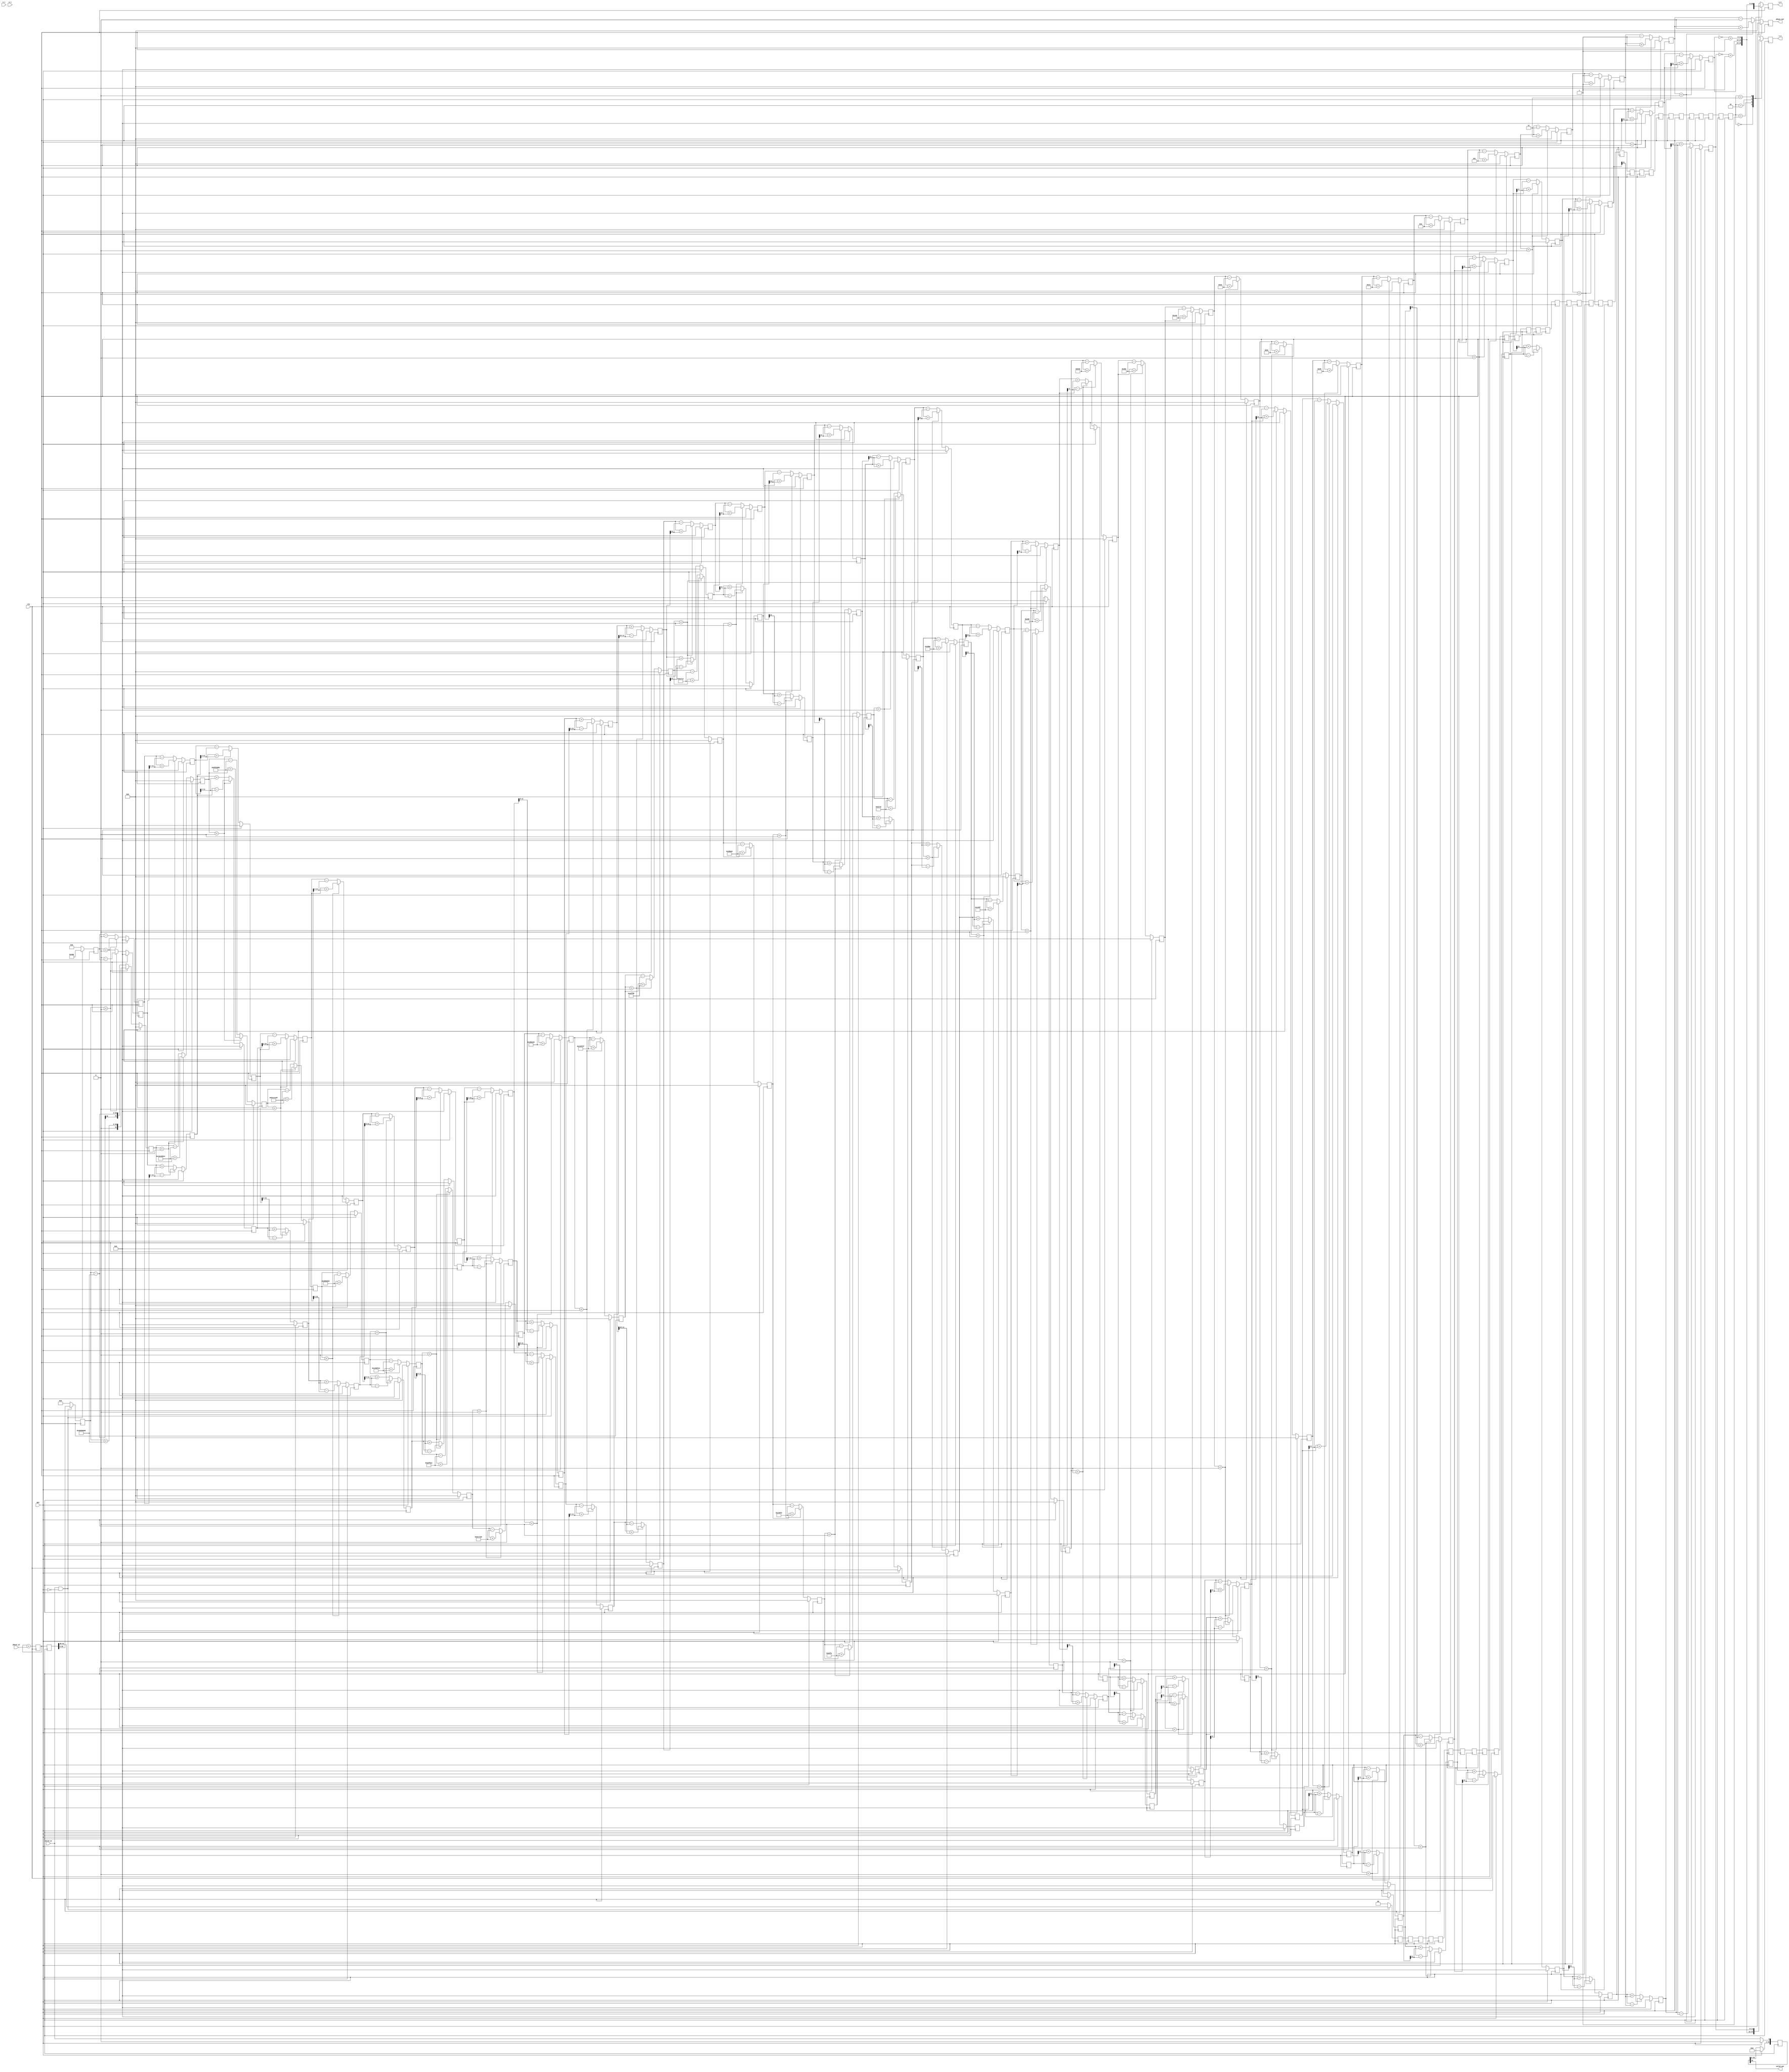
`timescale 1ns / 1ps

module Cordic #(
	parameter XY_BITS      = 12,
	parameter PH_BITS      = 32,
	parameter ITERATIONS   = 32,
	parameter CORDIC_STYLE = "ROTATE",
	parameter PHASE_ACC    = "ON"
)(
	input   clk,
	input   RST,
	input   signed [XY_BITS-1:0] x_i,
	input   signed [XY_BITS-1:0] y_i,
	input   signed [PH_BITS-1:0] phase_in,

	output  signed [XY_BITS-1:0] x_o,
	output  signed [XY_BITS-1:0] y_o,
	output  signed [PH_BITS-1:0] phase_out,

	input   valid_in, 
	output  valid_out
);

localparam [XY_BITS-1:0] K_COS = (0.607252935 * 2**(XY_BITS-1))-2;

/*
//360--2^16,phase_in = 16bits (input [15:0] phase_in)
//1--2^16/360
*/
function [PH_BITS-1:0] tanangle;
input [4:0] i;
begin
	case (i)
		5'b00000: tanangle = (32'h20000000 >> (32 - PH_BITS));   //tan = 1/2^1 = 1/2
		5'b00001: tanangle = (32'h12e4051e >> (32 - PH_BITS));   //tan = 1/2^2 = 1/4
		5'b00010: tanangle = (32'h09fb385b >> (32 - PH_BITS));   //tan = 1/2^3 = 1/8
		5'b00011: tanangle = (32'h051111d4 >> (32 - PH_BITS));   //tan = 1/2^4 = 1/16
		5'b00100: tanangle = (32'h028b0d43 >> (32 - PH_BITS));   //tan = 1/2^5 = 1/32
		5'b00101: tanangle = (32'h0145d7e1 >> (32 - PH_BITS));   //tan = 1/2^6 = 1/64
		5'b00110: tanangle = (32'h00a2f61e >> (32 - PH_BITS));   //tan = 1/2^7 = 1/128
		5'b00111: tanangle = (32'h00517c55 >> (32 - PH_BITS));   //tan = 1/2^8 = 1/256
		5'b01000: tanangle = (32'h0028be53 >> (32 - PH_BITS));   //tan = 1/2^9 = 1/512
		5'b01001: tanangle = (32'h00145f2f >> (32 - PH_BITS));   //tan = 1/2^10 = 1/1024
		5'b01010: tanangle = (32'h000a2f98 >> (32 - PH_BITS));   //tan = 1/2^11 = 1/2048
		5'b01011: tanangle = (32'h000517cc >> (32 - PH_BITS));   //tan = 1/2^12 = 1/4096
		5'b01100: tanangle = (32'h00028be6 >> (32 - PH_BITS));   //tan = 1/2^13 = 1/8192
		5'b01101: tanangle = (32'h000145f3 >> (32 - PH_BITS));   //tan = 1/2^14 = 1/16384
		5'b01110: tanangle = (32'h0000a2fa >> (32 - PH_BITS));   //tan = 1/2^15 = 1/32768
		5'b01111: tanangle = (32'h0000517d >> (32 - PH_BITS));   //tan = 1/2^16 = 1/65536
		5'b10000: tanangle = (32'h000028be >> (32 - PH_BITS));   //tan = 1/2^17 = 1/131072
		5'b10001: tanangle = (32'h0000145f >> (32 - PH_BITS));   //tan = 1/2^18 = 1/262144
		5'b10010: tanangle = (32'h00000a30 >> (32 - PH_BITS));   //tan = 1/2^19 = 1/524288
		5'b10011: tanangle = (32'h00000518 >> (32 - PH_BITS));   //tan = 1/2^20 = 1/1048576
		5'b10100: tanangle = (32'h0000028c >> (32 - PH_BITS));   //tan = 1/2^21 = 1/2097152
		5'b10101: tanangle = (32'h00000146 >> (32 - PH_BITS));   //tan = 1/2^22 = 1/4194304
		5'b10110: tanangle = (32'h000000a3 >> (32 - PH_BITS));   //tan = 1/2^23 = 1/8388608
		5'b10111: tanangle = (32'h00000051 >> (32 - PH_BITS));   //tan = 1/2^24 = 1/16777216
		5'b11000: tanangle = (32'h00000029 >> (32 - PH_BITS));   //tan = 1/2^25 = 1/33554432
		5'b11001: tanangle = (32'h00000014 >> (32 - PH_BITS));   //tan = 1/2^26 = 1/67108864
		5'b11010: tanangle = (32'h0000000a >> (32 - PH_BITS));   //tan = 1/2^27 = 1/134217728
		5'b11011: tanangle = (32'h00000005 >> (32 - PH_BITS));   //tan = 1/2^28 = 1/268435456
		5'b11100: tanangle = (32'h00000003 >> (32 - PH_BITS));   //tan = 1/2^29 = 1/536870912
		5'b11101: tanangle = (32'h00000001 >> (32 - PH_BITS));   //tan = 1/2^30 = 1/1073741824
		5'b11110: tanangle = (32'h00000001 >> (32 - PH_BITS));   //tan = 1/2^31 = 1/2147483648
		5'b11111: tanangle = (32'h00000000 >> (32 - PH_BITS));   //tan = 1/2^32 = 1/4294967296
	endcase
end
endfunction

reg        [1:0] data_in_buff [ITERATIONS:0];
reg signed [XY_BITS-1:0]   x  [ITERATIONS:0];
reg signed [XY_BITS-1:0]   y  [ITERATIONS:0];
reg signed [PH_BITS-1:0]   z  [ITERATIONS:0];

integer m;
initial begin
	for (m = 0; m<=ITERATIONS; m=m+1) begin
		x[m] = 0;
	end    
end

integer n;
initial begin
	for (n = 0; n<=ITERATIONS; n=n+1) begin
		y[n] = 0;
	end    
end

integer s;
initial begin
	for (s = 0; s<=ITERATIONS; s=s+1) begin
		z[s] = 0;
	end    
end

integer k;
initial begin
	for (k = 0; k<=ITERATIONS; k=k+1) begin
		data_in_buff[k] = 0;
	end    
end

genvar i;
generate for(i=0;i<ITERATIONS;i=i+1) begin : CORDIC
always @ (posedge clk) begin
    if (RST) begin
      x[i+1] <= 0;
      y[i+1] <= 0;
      z[i+1] <= 0;
    end 
    else begin
		if (CORDIC_STYLE == "ROTATE") begin
			if (z[i] < 0) begin
				x[i+1] <= x[i] + (y[i]>>>i); 
				y[i+1] <= y[i] - (x[i]>>>i); 
				z[i+1] <= z[i] + tanangle(i);
			end 
			else begin
				x[i+1] <= x[i] - (y[i]>>>i); 
				y[i+1] <= y[i] + (x[i]>>>i); 
				z[i+1] <= z[i] - tanangle(i);
			end
	    end		
		else if(CORDIC_STYLE == "VECTOR") begin
			if (y[i] > 0) begin
				x[i+1] <= x[i] + (y[i]>>>i); 
				y[i+1] <= y[i] - (x[i]>>>i); 
				z[i+1] <= z[i] + tanangle(i);
			end else begin
				x[i+1] <= x[i] - (y[i]>>>i); 
				y[i+1] <= y[i] + (x[i]>>>i); 
				z[i+1] <= z[i] - tanangle(i);
			end
		end
	end
end
always @ (posedge clk) begin
	data_in_buff[i+1]  <= data_in_buff[i];
end
end 
endgenerate

generate if (CORDIC_STYLE == "ROTATE") begin : IQ_Gen
reg [PH_BITS - 1 : 0] Phase_input = 0;
if (PHASE_ACC == "ON") begin
	reg [PH_BITS - 1 : 0] addr_r0 = 0;
	always @(posedge clk) begin
		addr_r0 <= addr_r0 + phase_in;
	end
	always @(posedge clk) begin
		Phase_input <= addr_r0;
	end
end
else if (PHASE_ACC == "OFF") begin
	always @(posedge clk) begin
		Phase_input <= phase_in;
	end
end
always @(posedge clk) begin
	if(valid_in & (~RST)) begin
		x[0] <= K_COS;
		y[0] <= 0;
		z[0] <= Phase_input[PH_BITS - 3 : 0];
		data_in_buff[0] <= Phase_input[PH_BITS - 1 : PH_BITS - 2];
	end
	else begin
		x[0] <= 0;
		y[0] <= 0;
		z[0] <= 0;
		data_in_buff[0] <= 0;
	end
end
reg signed [XY_BITS-1:0] cos = 0;
reg signed [XY_BITS-1:0] sin = 0;
always @ (posedge clk) begin
	case(data_in_buff[ITERATIONS]) 
	2'b00:begin //if the phase is in first quadrant,the sin(X)=sin(A),cos(X)=cos(A)
	        cos <= x[ITERATIONS];
	        sin <= y[ITERATIONS];
	      end
	2'b01:begin //if the phase is in second quadrant,the sin(X)=sin(A+90)=cosA,cos(X)=cos(A+90)=-sinA
	        cos <= ~(y[ITERATIONS]) + 1'b1;//-sin
	        sin <= x[ITERATIONS];//cos
	      end
	2'b10:begin //if the phase is in third quadrant,the sin(X)=sin(A+180)=-sinA,cos(X)=cos(A+180)=-cosA
	        cos <= ~(x[ITERATIONS]) + 1'b1;//-cos
	        sin <= ~(y[ITERATIONS]) + 1'b1;//-sin
	      end
	2'b11:begin //if the phase is in forth quadrant,the sin(X)=sin(A+270)=-cosA,cos(X)=cos(A+270)=sinA
	        cos <= y[ITERATIONS];//sin
	        sin <= ~(x[ITERATIONS]) + 1'b1;//-cos
	      end
	endcase
end
assign x_o = cos;
assign y_o = sin;
assign phase_out = z[ITERATIONS];
end
endgenerate

generate if (CORDIC_STYLE == "VECTOR") begin : Demodule_Gen
localparam signed [PH_BITS-1:0] PHASE_COE = (2**(PH_BITS-2)) - 1;
//localparam MODUIUS_COE = ;
always @(posedge clk) begin
	if(valid_in & (~RST)) begin
		case ({x_i[XY_BITS-1],y_i[XY_BITS-1]}) 
		    2'b00 : begin   x[0] <=  {x_i[XY_BITS-1],x_i[XY_BITS-1:1]}; 
						    y[0] <=  {y_i[XY_BITS-1],y_i[XY_BITS-1:1]}; end
		    2'b01 : begin   x[0] <=  {x_i[XY_BITS-1],x_i[XY_BITS-1:1]}; 
			                y[0] <=  {y_i[XY_BITS-1],y_i[XY_BITS-1:1]}; end
		    2'b10 : begin   x[0] <=  {y_i[XY_BITS-1],y_i[XY_BITS-1:1]}; 
			                y[0] <= -{x_i[XY_BITS-1],x_i[XY_BITS-1:1]}; end
		    2'b11 : begin   x[0] <= -{y_i[XY_BITS-1],y_i[XY_BITS-1:1]}; 
			                y[0] <=  {x_i[XY_BITS-1],x_i[XY_BITS-1:1]}; end
		    default : begin x[0] <=  {x_i[XY_BITS-1],x_i[XY_BITS-1:1]}; 
			                y[0] <=  {y_i[XY_BITS-1],y_i[XY_BITS-1:1]}; end
		endcase
		z[0] <= phase_in;
		data_in_buff[0] <= {x_i[XY_BITS-1],y_i[XY_BITS-1]};
    end
	else begin
		x[0] <= 0;
		y[0] <= 0;
		z[0] <= 0;
		data_in_buff[0] <= 0;
	end
end
reg        [XY_BITS*2-1:0] Modulus = 0;
wire       [XY_BITS*2-1:0] Modulus_buf;
reg signed [PH_BITS - 1:0] phase_r = 0;
always @ (posedge clk) begin
	case(data_in_buff[ITERATIONS]) 
		2'b00:begin phase_r <= $signed(z[ITERATIONS]); end
		2'b01:begin phase_r <= $signed(z[ITERATIONS]); end
		2'b10:begin phase_r <= $signed(z[ITERATIONS]) + $signed(PHASE_COE); end
		2'b11:begin phase_r <= $signed(z[ITERATIONS]) - $signed(PHASE_COE); end
	endcase
	Modulus[XY_BITS:0] <= x[ITERATIONS];
end
assign Modulus_buf = (Modulus * 32'd39797)>>15;
assign x_o = Modulus_buf[XY_BITS-1:0];
assign y_o = y[ITERATIONS];
assign phase_out = phase_r;
end
endgenerate

reg [ITERATIONS+1:0] v = 0;
always @ (posedge clk) begin
	if (RST) 
		v <= 0;
	else begin
		v <= v << 1;
		v[0] <= valid_in;
	end
end
assign valid_out = v[ITERATIONS+1];

endmodule